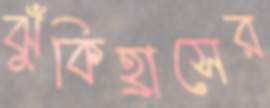
ঝুঁকিহ্রাসের